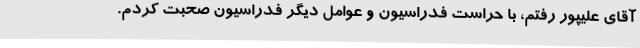
آقای علیپور رفتم، با حراست فدراسیون و عوامل دیگر فدراسیون صحبت کردم.